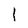
Character: 1